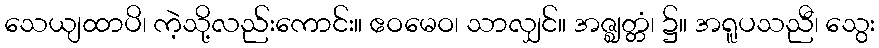
သေယျထာပိ၊ ကဲ့သို့လည်းကောင်း။ ဧဝမေဝ၊ သာလျှင်။ အဇ္ဈတ္တံ၊ ၌။ အရူပသညီ၊ သွေး